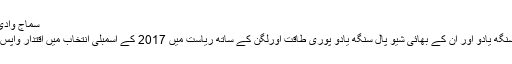
سماج وادی کے لئے آسان نہیں 2017کی راہیں
سماج وادی پارٹی کے سپریمو ملائم سنگھ یادو اور ان کے بھائی شیو پال سنگھ یادو پوری طاقت اورلگن کے ساتھ ریاست میں 2017 کے اسمبلی انتخاب میں اقتدار واپس پانے کی کوشش میں لگے ہوئے ہیں۔